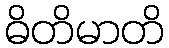
ဓိတိမာတိ